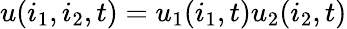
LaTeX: u(i_{1},i_{2},t)=u_{1}(i_{1},t)u_{2}(i_{2},t)